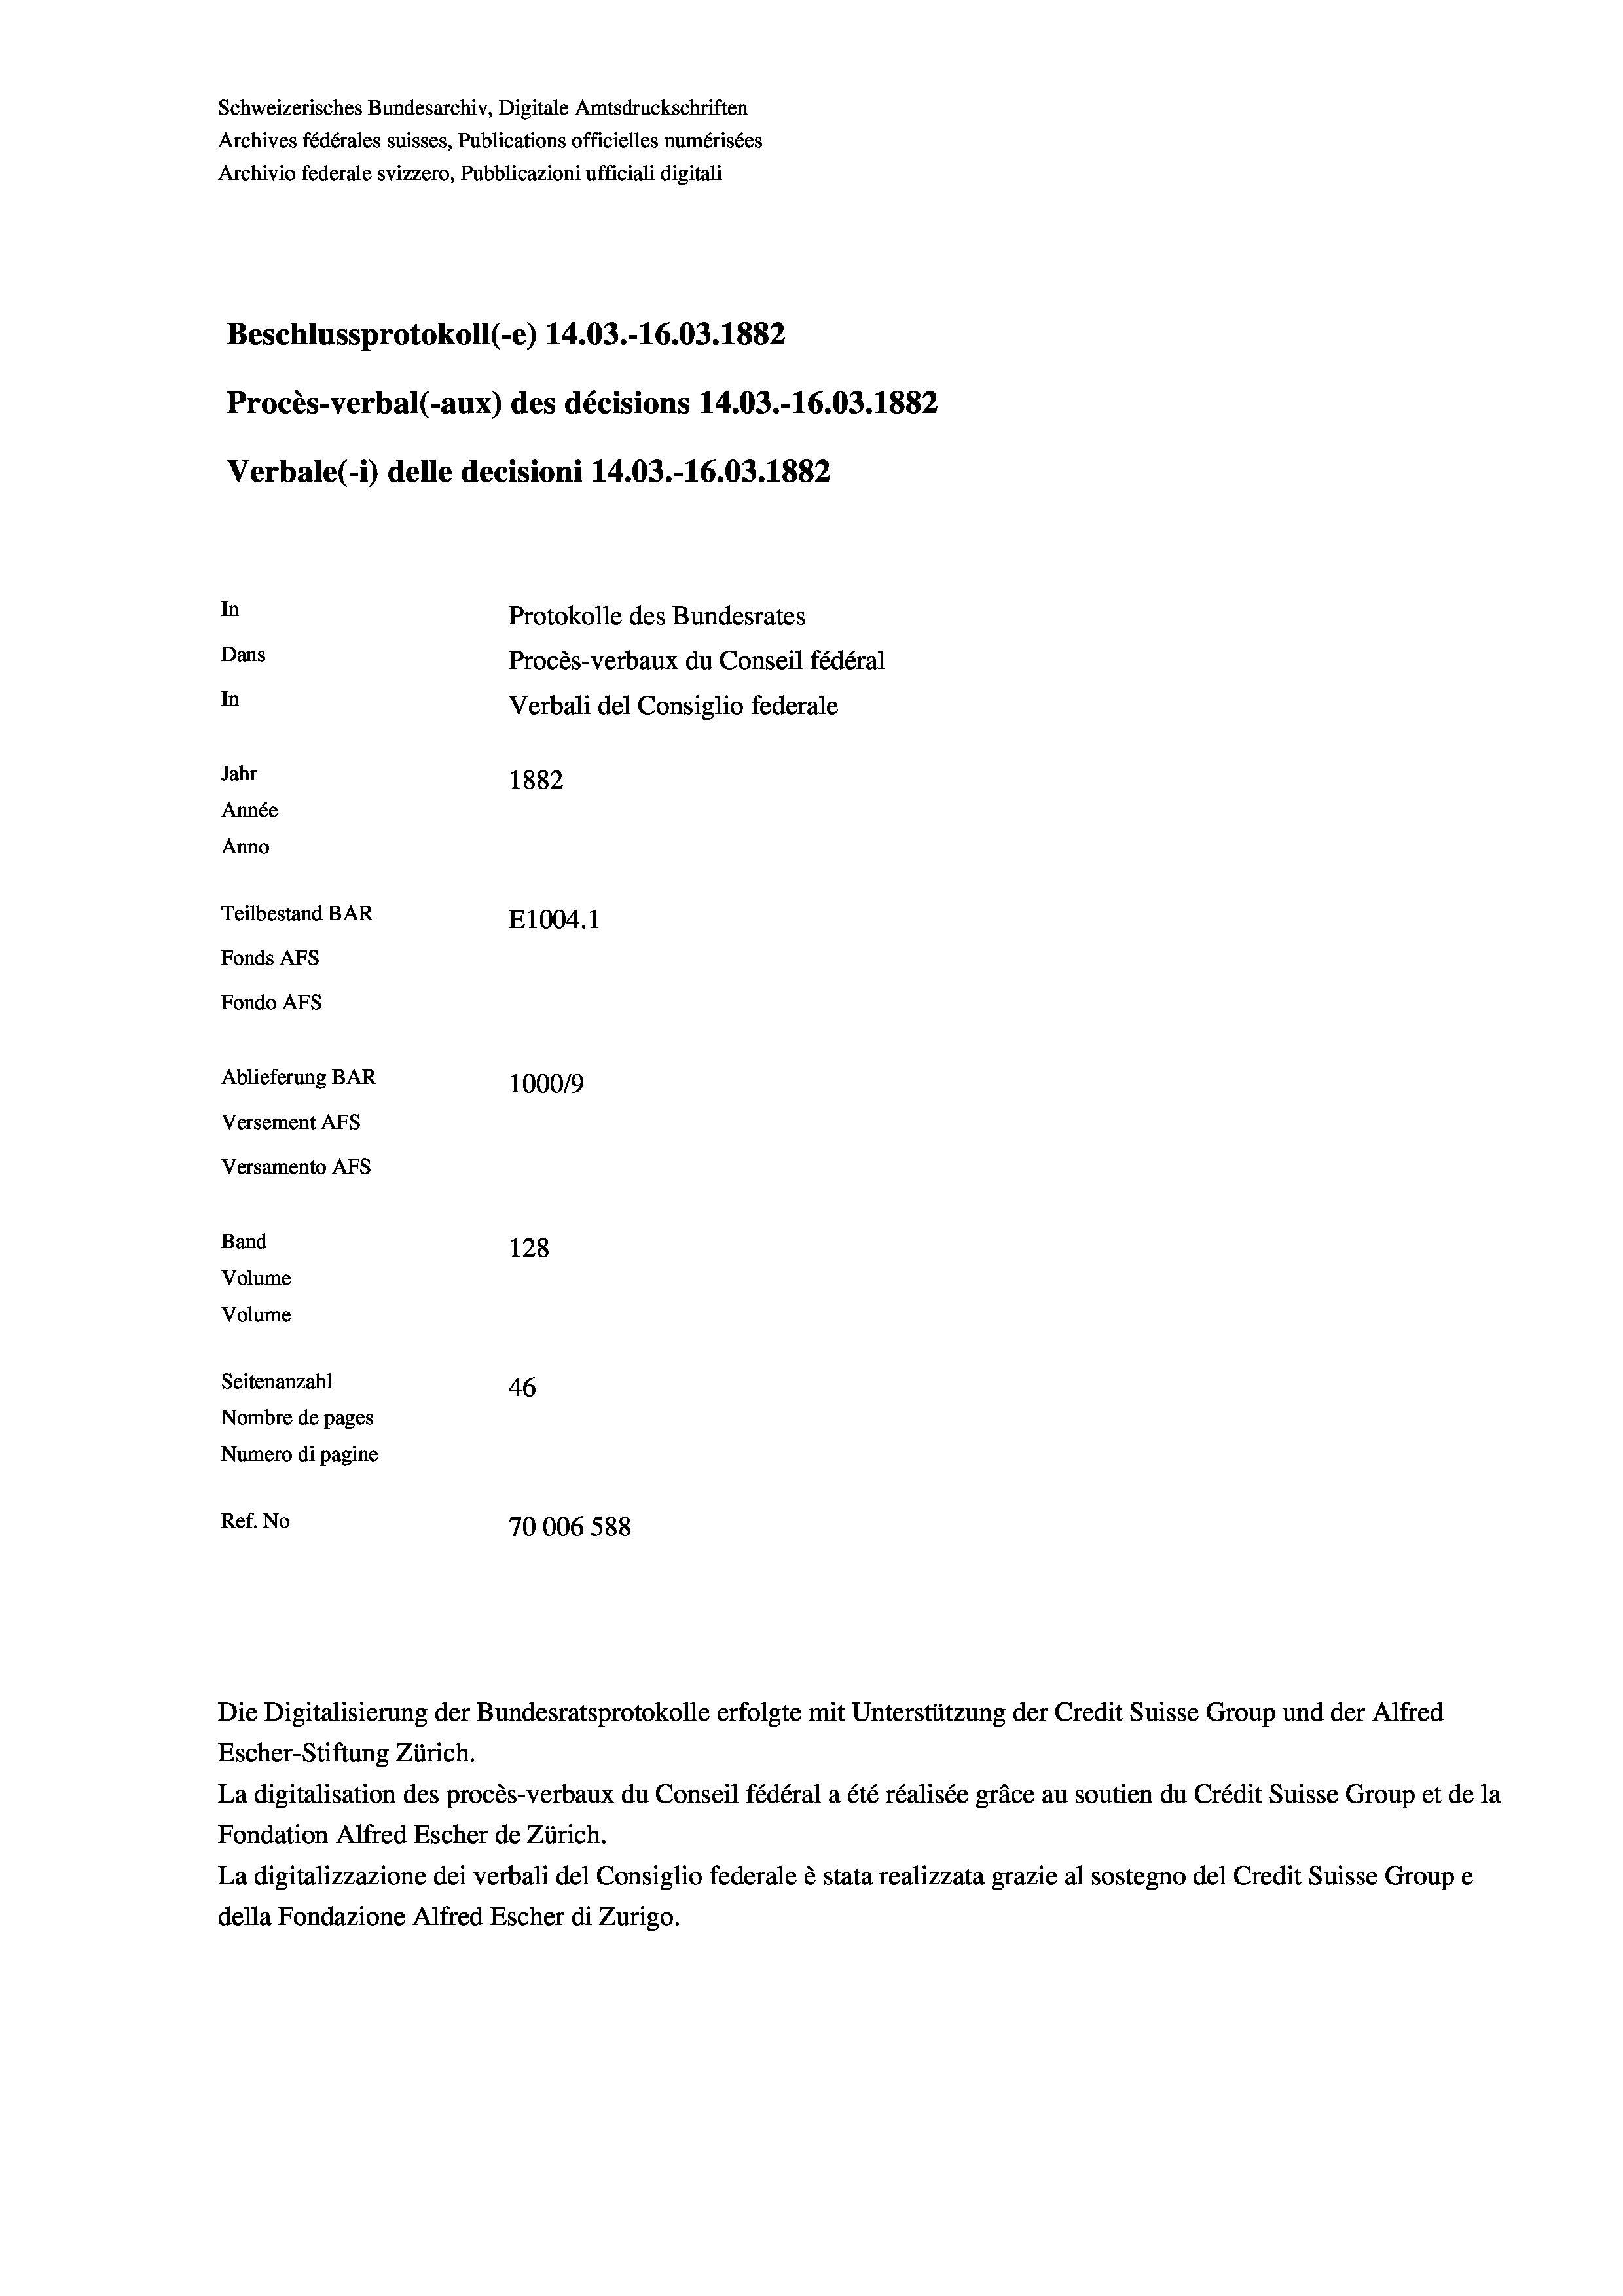
Schweizerisches Bundesarchiv, Digitale Amtsdruckschriften
Archives fédérales suisses, Publications officielles numérisées
Archivio federale svizzero, Pubblicazioni ufficiali digitali
Beschlussprotokoll (-e) 14.03.-16.03. 1882
Procès-verbal (-aux) des décisions 14.03.-16.03. 1882
Verbale (- 1) delle decisioni 14.03.-16.03. 1882
In
Protokolle des Bundesrates
Dans
Procès-verbaux du Conseil fédéral
In
Verbali del Consiglio federale
Jahr
1882
Année
Anno
Teilbestand BAR
E1004.1
Fonds AFs
Fondo Afs
Ablieferung BAR
100019
Versement AFs
Versamento AFs
Band
128
Volume
Volume
Seitenanzahl
46
Nombre de pages
Numero di pagine
Ref. No
70006 588

Escher-Stiftung Zürich.
La digitalisation des procès-verbaux du Conseil fédéral a été réalisée gräce au soutien du Crédit Suisse Group et de la
Fondation Alfred Escher de Zürich.
La digitalizzazione dei verbali del Consiglio federale è stata realizzata grazie al sostegno del Credit Suisse Groupe
della Fondazione Alfred Escher di Zurigo.

Die Digitalisierung der Bundesratsprotokolle erfolgte mit Unterstützung der Credit Suisse Group und der Alfred